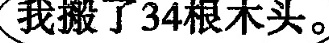
我搬了34根木头。